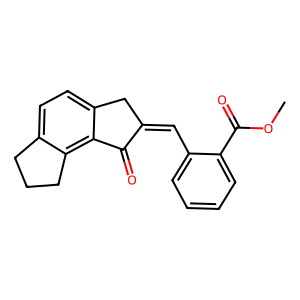
SMILES: COC(=O)c1ccccc1C=C1Cc2ccc3c(c2C1=O)CCC3
Inhibits HIV replication: No